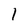
Character: 1